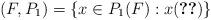
LaTeX: \begin{align*} (F,P_1)= \lbrace x\in P_1 (F): x \eqref{Equation DC 1} \rbrace\end{align*}